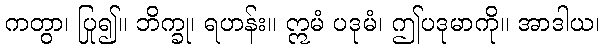
ကတွာ၊ ပြု၍။ ဘိက္ခု၊ ရဟန်း။ ဣမံ ပဒုမံ၊ ဤပဒုမာကို။ အာဒါယ၊